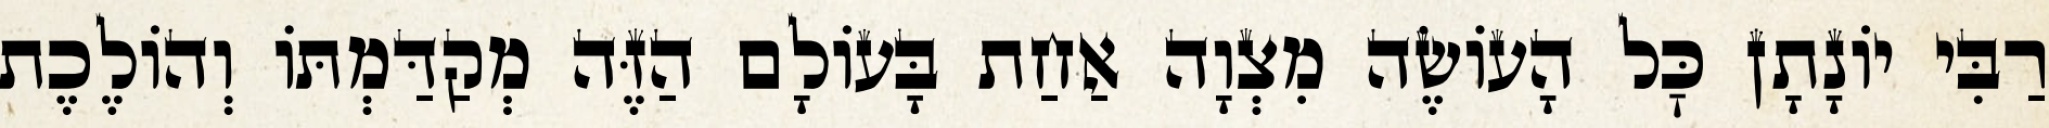
רַבִּי יוֹנָתָן כׇּל הָעוֹשֶׂה מִצְוָה אַחַת בָּעוֹלָם הַזֶּה מְקַדַּמְתּוֹ וְהוֹלֶכֶת